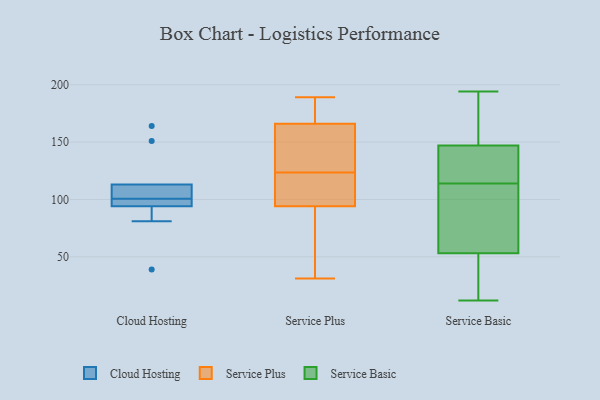
{"axis": {"x": "LTV (USD)", "y": "Value"}, "legend": ["Cloud Hosting", "Service Basic", "Service Plus"], "data": [{"x": "", "y": 108, "type": "Cloud Hosting"}, {"x": "", "y": 164, "type": "Cloud Hosting"}, {"x": "", "y": 98, "type": "Cloud Hosting"}, {"x": "", "y": 113, "type": "Cloud Hosting"}, {"x": "", "y": 81, "type": "Cloud Hosting"}, {"x": "", "y": 97, "type": "Cloud Hosting"}, {"x": "", "y": 151, "type": "Cloud Hosting"}, {"x": "", "y": 94, "type": "Cloud Hosting"}, {"x": "", "y": 39, "type": "Cloud Hosting"}, {"x": "", "y": 103, "type": "Cloud Hosting"}, {"x": "", "y": 146, "type": "Service Plus"}, {"x": "", "y": 98, "type": "Service Plus"}, {"x": "", "y": 103, "type": "Service Plus"}, {"x": "", "y": 94, "type": "Service Plus"}, {"x": "", "y": 166, "type": "Service Plus"}, {"x": "", "y": 31, "type": "Service Plus"}, {"x": "", "y": 183, "type": "Service Plus"}, {"x": "", "y": 189, "type": "Service Plus"}, {"x": "", "y": 144, "type": "Service Plus"}, {"x": "", "y": 34, "type": "Service Plus"}, {"x": "", "y": 194, "type": "Service Basic"}, {"x": "", "y": 83, "type": "Service Basic"}, {"x": "", "y": 161, "type": "Service Basic"}, {"x": "", "y": 189, "type": "Service Basic"}, {"x": "", "y": 62, "type": "Service Basic"}, {"x": "", "y": 127, "type": "Service Basic"}, {"x": "", "y": 152, "type": "Service Basic"}, {"x": "", "y": 119, "type": "Service Basic"}, {"x": "", "y": 12, "type": "Service Basic"}, {"x": "", "y": 61, "type": "Service Basic"}, {"x": "", "y": 45, "type": "Service Basic"}, {"x": "", "y": 18, "type": "Service Basic"}, {"x": "", "y": 109, "type": "Service Basic"}, {"x": "", "y": 136, "type": "Service Basic"}, {"x": "", "y": 21, "type": "Service Basic"}, {"x": "", "y": 142, "type": "Service Basic"}]}